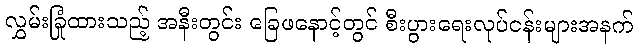
လွှမ်းခြုံထားသည့် အနီးတွင်း ခြေဖနောင့်တွင် စီးပွားရေးလုပ်ငန်းများအနက်